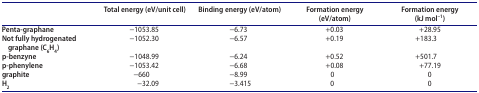
<table><thead><tr><td><b> </b></td><td><b>Total energy (eV/unit cell)</b></td><td><b>Binding energy (eV/atom)</b></td><td><b>Formation energy (eV/atom)</b></td><td><b>Formation energy (kJ mol<sup>–1</sup>)</b></td></tr></thead><tbody><tr><td><b>Penta-graphane</b></td><td>−1053.85</td><td>−6.73</td><td>+0.03</td><td>+28.95</td></tr><tr><td><b>Not fully hydrogenated graphane (C</b><sub><b>6</b></sub><b>H</b><sub><b>4</b></sub><b>)</b></td><td>−1052.30</td><td>−6.57</td><td>+0.19</td><td>+183.3</td></tr><tr><td><b>p-benzyne</b></td><td>−1048.99</td><td>−6.24</td><td>+0.52</td><td>+501.7</td></tr><tr><td><b>p-phenylene</b></td><td>−1053.42</td><td>−6.68</td><td>+0.08</td><td>+77.19</td></tr><tr><td><b>graphite</b></td><td>−660</td><td>−8.99</td><td>0</td><td>0</td></tr><tr><td><b>H</b><sub><b>2</b></sub></td><td>−32.09</td><td>−3.415</td><td>0</td><td>0</td></tr></tbody></table>